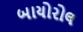
બાયોરોલ